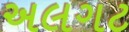
અલગટ